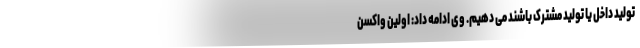
تولید داخل یا تولید مشترک باشند می دهیم. وی ادامه داد: اولین واکسن